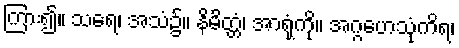
ကြား၍။ သရေ၊ အသံ၌။ နိမိတ္တံ၊ အာရုံကို။ အဂ္ဂဟေသုံကိရ၊